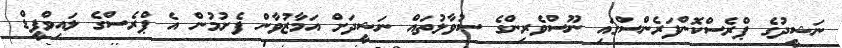
ނަޝީދުގެ ޕްރެސްކޮންފަރެންސްގައި ނޫސްވެރިންގެ ސުވާލުތައް ނަޝީދަށް އަމާޒުވާން ފެށުމުން އެ ޕްރެސްގެ ލައިވްފީޑް